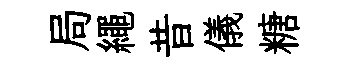
局繩昔儀糖